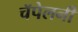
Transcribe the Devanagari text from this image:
चॅपेलनी